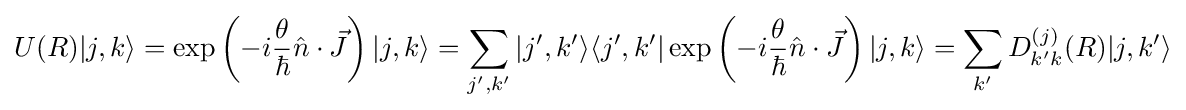
U(R)|j,k\rangle =\exp \left({-i{\frac {\theta }{\hbar }}{\hat {n}}\cdot {\vec {J}}}\right)|j,k\rangle =\sum _{j',k'}|j',k'\rangle \langle j',k'|\exp \left({-i{\frac {\theta }{\hbar }}{\hat {n}}\cdot {\vec {J}}}\right)|j,k\rangle =\sum _{k'}D_{k'k}^{(j)}(R)|j,k'\rangle